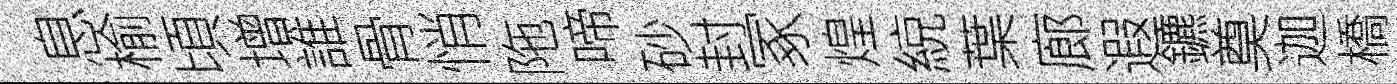
息榆頃增誰骨悄陁啼砂封冢煌綂葉廊遐鑣奠迦橋